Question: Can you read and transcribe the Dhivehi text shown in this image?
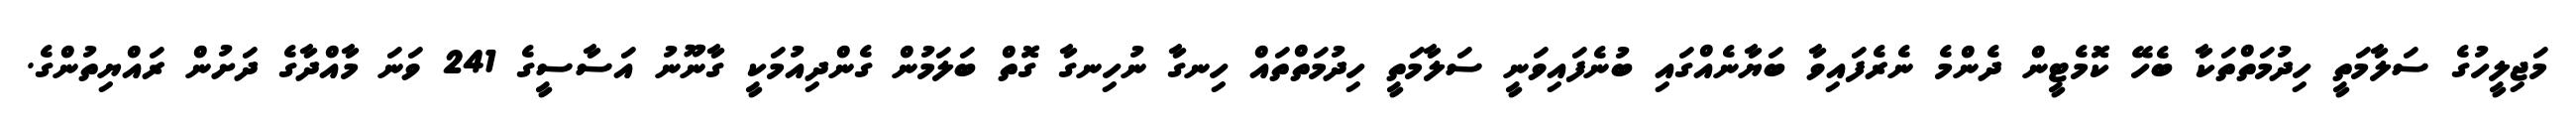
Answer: މަޖިލީހުގެ ސަލާމަތީ ހިދުމަތްތަކާ ބެހޭ ކޮމެޓީން ދެންމެ ނެރެފައިވާ ބަޔާނެއްގައި ބުނެފައިވަނީ ސަލާމަތީ ހިދުމަތްތައް ހިނގާ ނުހިނގާ ގޮތް ބަލަމުން ގެންދިއުމަކީ ގާނޫނު އަސާސީގެ 241 ވަނަ މާއްދާގެ ދަށުން ރައްޔިތުންގެ.